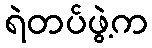
ရဲတပ်ဖွဲ့က